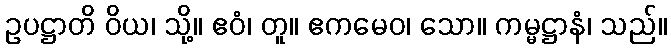
ဥပဋ္ဌာတိ ဝိယ၊ သို့။ ဧဝံ၊ တူ။ ဧကမေဝ၊ သော။ ကမ္မဋ္ဌာနံ၊ သည်။